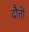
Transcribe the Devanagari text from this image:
दौती